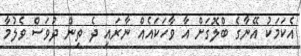
އެކަމަކު އޭނާގެ ބްލޮގަށް އާ ވާހަކައެއް ނާރައި ދެ ތިން ދުވަސް ވެލުމާ